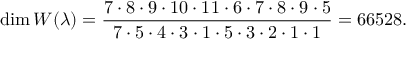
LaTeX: \dim W ( \lambda ) = { \frac { 7 \cdot 8 \cdot 9 \cdot 1 0 \cdot 1 1 \cdot 6 \cdot 7 \cdot 8 \cdot 9 \cdot 5 } { 7 \cdot 5 \cdot 4 \cdot 3 \cdot 1 \cdot 5 \cdot 3 \cdot 2 \cdot 1 \cdot 1 } } = 6 6 5 2 8 .